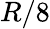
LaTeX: R/8